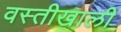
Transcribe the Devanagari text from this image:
वस्तीखाली